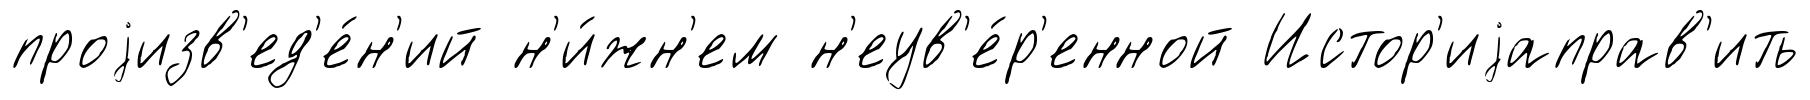
проjизв'ед'е́н'ий н'и́жн'ем н'еув'е́р'енной Истор'иjаправ'ить